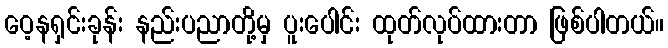
ဝေ့နရှင်းခုန်း နည်းပညာတို့မှ ပူးပေါင်း ထုတ်လုပ်ထားတာ ဖြစ်ပါတယ်။